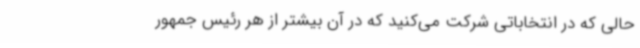
حالی که در انتخاباتی شرکت می‌کنید که در آن بیشتر از هر رئیس جمهور